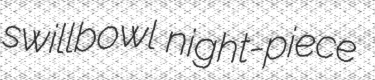
swillbowl night-piece